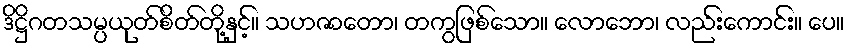
ဒိဋ္ဌိဂတသမ္ပယုတ်စိတ်တို့နှင့်။ သဟဇာတော၊ တကွဖြစ်သော။ လောဘော၊ လည်းကောင်း။ ပေ။